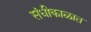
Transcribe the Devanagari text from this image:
संधीकाळात